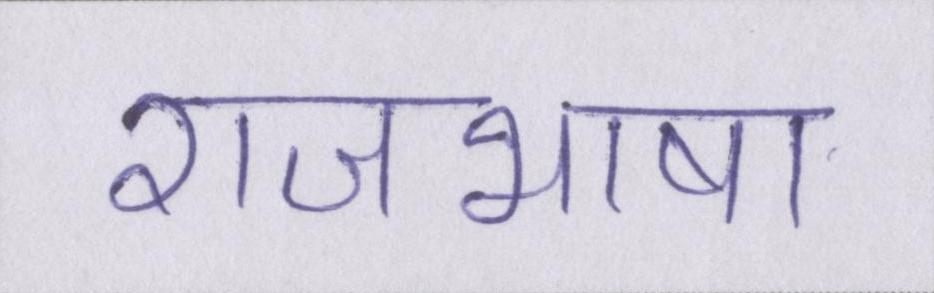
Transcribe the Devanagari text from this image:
राजभाषा